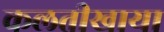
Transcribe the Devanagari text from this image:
कलतीखाया